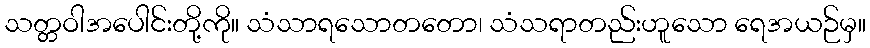
သတ္တဝါအပေါင်းတို့ကို။ သံသာရသောတတော၊ သံသရာတည်းဟူသော ရေအယဉ်မှ။